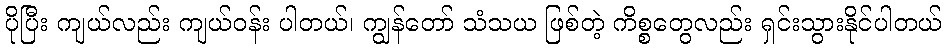
ပိုပြီး ကျယ်လည်း ကျယ်ဝန်း ပါတယ်၊ ကျွန်တော် သံသယ ဖြစ်တဲ့ ကိစ္စတွေလည်း ရှင်းသွားနိုင်ပါတယ်